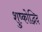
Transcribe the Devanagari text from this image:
शुष्कोद्भिद